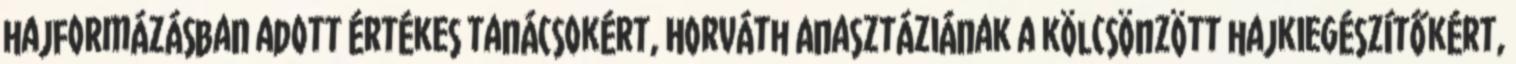
hajformázásban adott értékes tanácsokért, Horváth Anasztáziának a kölcsönzött hajkiegészítőkért,